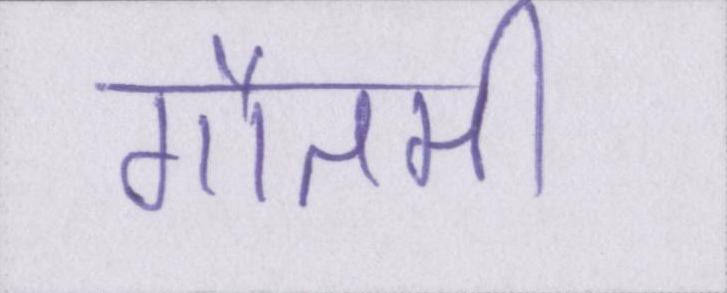
गौतमी